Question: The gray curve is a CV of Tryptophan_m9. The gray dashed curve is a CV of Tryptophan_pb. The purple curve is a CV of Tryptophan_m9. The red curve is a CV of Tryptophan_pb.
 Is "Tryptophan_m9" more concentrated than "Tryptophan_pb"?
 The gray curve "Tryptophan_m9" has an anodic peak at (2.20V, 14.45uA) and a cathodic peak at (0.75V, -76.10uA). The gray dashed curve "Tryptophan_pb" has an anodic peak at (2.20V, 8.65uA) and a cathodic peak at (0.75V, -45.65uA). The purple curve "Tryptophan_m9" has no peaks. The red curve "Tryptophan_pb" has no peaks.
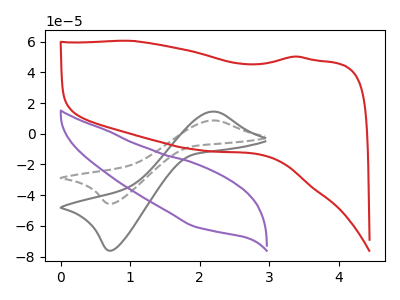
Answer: <think>All the peaks in "Tryptophan_m9" have a peak in "Tryptophan_pb" at the same potential. Every peak in "Tryptophan_m9" is higher than every peak in "Tryptophan_pb".
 </think>
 <answer>"Tryptophan_m9" has more signal than "Tryptophan_pb" and so likely has a higher concentration.</answer>
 <eval>more_concentration</eval>